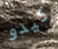
كيدو